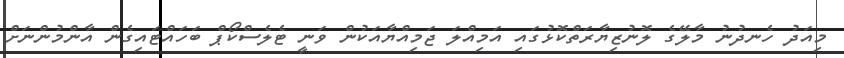
މިއަދު ހެނދުނު މާލޭގެ ލޮނުޒިޔާރަތްކޮޅުގައި އަމިއްލަ ޖަމިއްޔާއަކުން ވަނީ ޓެލެސްކޯޕް ބަހައްޓައިގެން އާންމުންނަށް